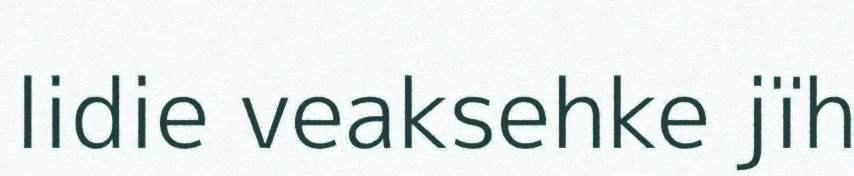
lidie veaksehke jïh